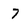
Character: 7